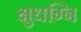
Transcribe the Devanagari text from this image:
क्षुधग्नि